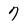
Character: 7